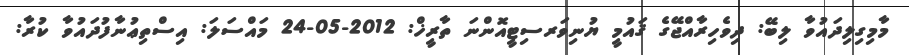
މާމިގިލިދައުވާ ލިބޭ: ދިވެހިރާއްޖޭގެ ޤައުމީ ޔުނިވަރސިޓީއޮންނަ ތާރީޚް: 2012-05-24 މައްސަލަ: އިސްތިޢުނާފުދައުވާ ކުރާ: